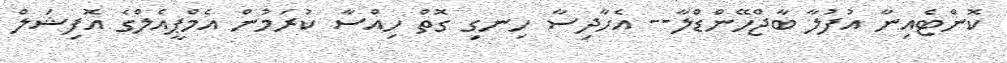
ކޮންޓެއިނާ އުފުލާ ބާޖްހޭންޑްލާ-- އެހާދިސާ ހިނގި ގޮތް ހިއްސާ ކުރަމުން އެމްޕީއެލްގެ އޮފިޝަލް